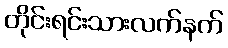
တိုင်းရင်းသားလက်နက်